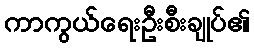
ကာကွယ်ရေးဦးစီးချုပ်၏